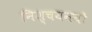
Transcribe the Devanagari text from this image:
निश्चयनयों